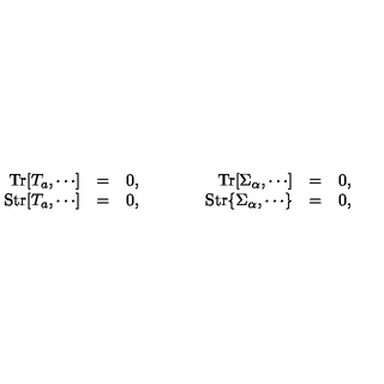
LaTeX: \begin{array} { r c l c r c l } { \mathrm { T r } [ T _ { a } , \cdots ] } & { = } & { 0 , } & { { \qquad } } & { \mathrm { T r } [ \Sigma _ { \alpha } , \cdots ] } & { = } & { 0 , } \\ { \mathrm { S t r } [ T _ { a } , \cdots ] } & { = } & { 0 , } & { { \qquad } } & { \mathrm { S t r } \{ \Sigma _ { \alpha } , \cdots \} } & { = } & { 0 , } \\ \end{array}